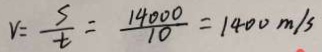
V = \frac { s } { t } = \frac { 1 4 0 0 0 } { 1 0 } = 1 4 0 0 m / s